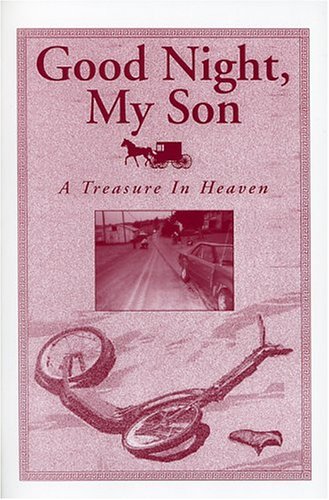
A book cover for Good Night, My Son, a Treasure in Heaven; Esther F. Smucker; Christian Books & Bibles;